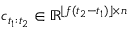
c _ { t _ { 1 } : t _ { 2 } } \in \mathbb { R } ^ { \lfloor f ( t _ { 2 } - t _ { 1 } ) \rfloor \times n }